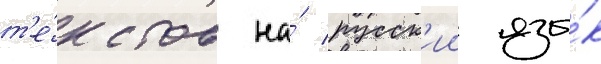
т'е́кстов на́ русск'ии язы́к